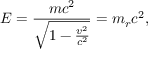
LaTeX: E = { \frac { m c ^ { 2 } } { \sqrt { 1 - { \frac { v ^ { 2 } } { c ^ { 2 } } } } } } = m _ { r } c ^ { 2 } ,